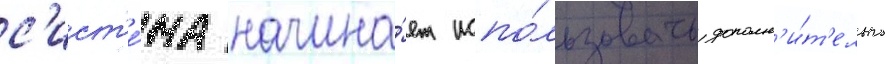
с'ист'е́ма начина́ет испо́льзовать дополн'и́т'ельно